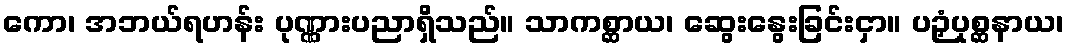
ကော၊ အဘယ်ရဟန်း ပုဏ္ဏားပညာရှိသည်။ သာကစ္ဆာယ၊ ဆွေးနွေးခြင်းငှာ။ ပဉှံပုစ္ဆနာယ၊